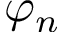
\varphi _ { n }